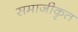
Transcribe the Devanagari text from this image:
समाजीकृत